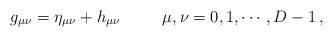
LaTeX: \begin{align*}g_{\mu\nu}=\eta_{\mu\nu}+h_{\mu\nu}\,\hspace{1cm}\mu,\nu=0,1,\cdots,D-1 \,, \end{align*}